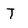
Character: T